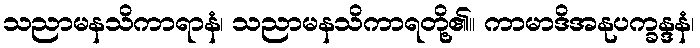
သညာမနသိကာရာနံ၊ သညာမနသိကာရတို့၏။ ကာမာဒိအနုပက္ခန္ဒနံ၊